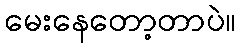
မေးနေတော့တာပဲ။